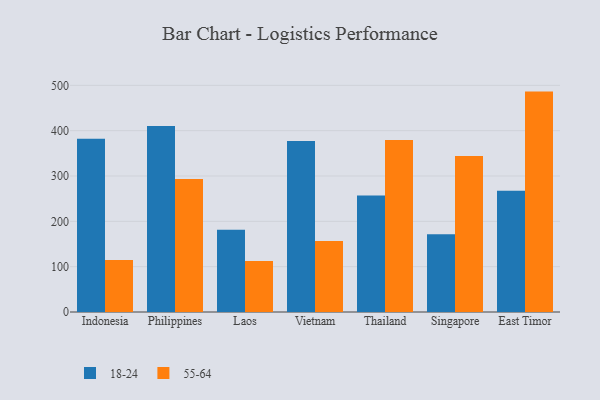
{"axis": {"x": "Country", "y": "Active Users"}, "legend": ["18-24", "55-64"], "data": [{"x": "Indonesia", "y": 382.0, "type": "18-24"}, {"x": "Indonesia", "y": 114.5, "type": "55-64"}, {"x": "Philippines", "y": 410.3, "type": "18-24"}, {"x": "Philippines", "y": 293.6, "type": "55-64"}, {"x": "Laos", "y": 181.6, "type": "18-24"}, {"x": "Laos", "y": 112.4, "type": "55-64"}, {"x": "Vietnam", "y": 377.2, "type": "18-24"}, {"x": "Vietnam", "y": 156.4, "type": "55-64"}, {"x": "Thailand", "y": 256.9, "type": "18-24"}, {"x": "Thailand", "y": 379.4, "type": "55-64"}, {"x": "Singapore", "y": 171.3, "type": "18-24"}, {"x": "Singapore", "y": 344.3, "type": "55-64"}, {"x": "East Timor", "y": 267.4, "type": "18-24"}, {"x": "East Timor", "y": 486.2, "type": "55-64"}]}